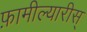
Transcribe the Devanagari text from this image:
फ़ामील्यारीस्